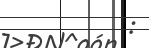
: